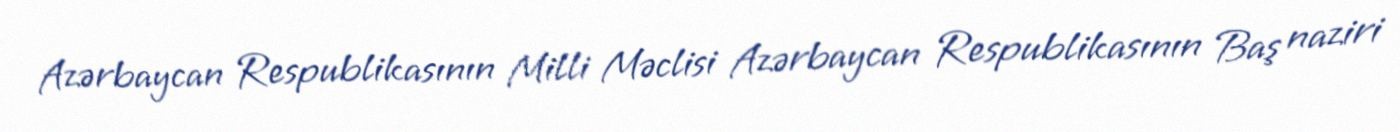
Azərbaycan Respublikasının Milli Məclisi Azərbaycan Respublikasının Baş naziri